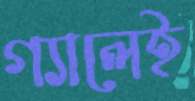
গ্যালেই